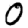
Digit: 0